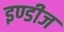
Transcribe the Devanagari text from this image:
इण्डीज